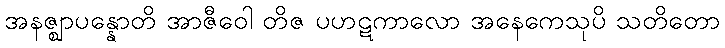
အနဇ္ဈာပန္နောတိ အာဇီဝေါ တိဇ ပဟဋကာလော အနေကေသုပိ သတိတော